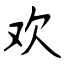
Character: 欢